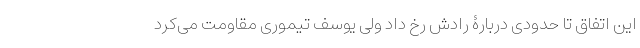
این اتفاق تا حدودی دربارۀ رادش رخ داد ولی یوسف تیموری مقاومت می‌کرد